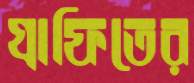
গ্রাফিতের